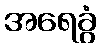
အရေခွံ